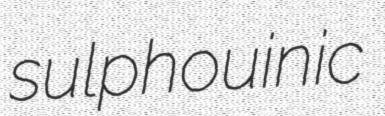
sulphouinic